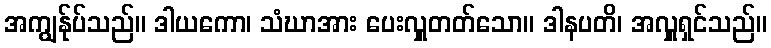
အကျွန်ုပ်သည်။ ဒါယကော၊ သံဃာအား ပေးလှူတတ်သော။ ဒါနပတိ၊ အလှူရှင်သည်။